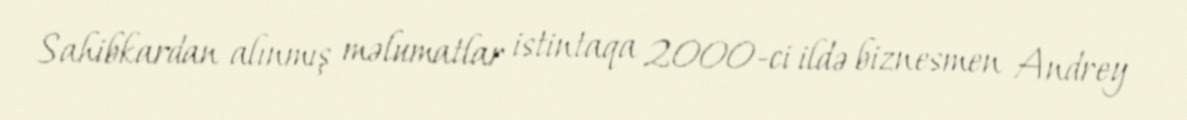
Sahibkardan alınmış məlumatlar istintaqa 2000-ci ildə biznesmen Andrey